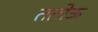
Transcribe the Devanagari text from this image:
ततोऊ